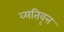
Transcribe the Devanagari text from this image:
व्यतिवृत्त